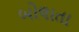
બોલાતા